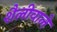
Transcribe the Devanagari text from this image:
शैलीवाले